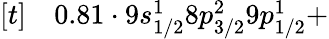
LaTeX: \begin{array}{rl}{[t]}&{{}0.81\cdot 9s_{1/2}^{1}8p_{3/2}^{2}9p_{1/2}^{1}+}\end{array}